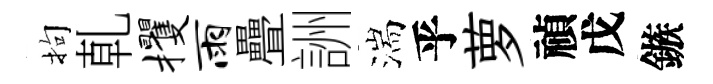
拘乹攫雨疊詶湍乎萝禎戊鏃